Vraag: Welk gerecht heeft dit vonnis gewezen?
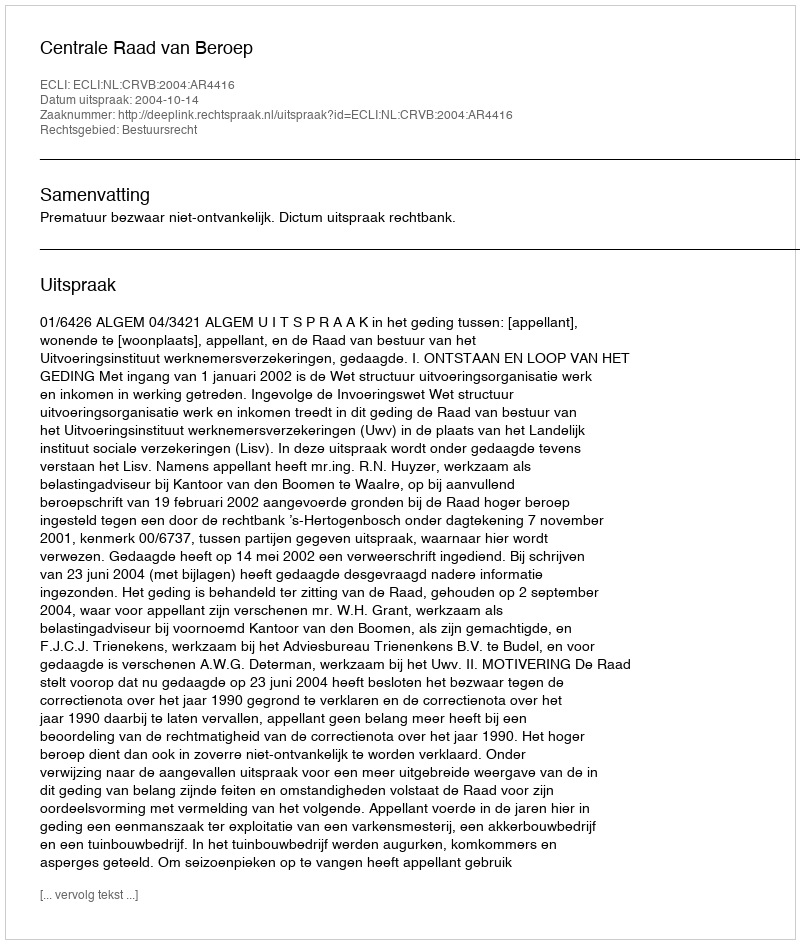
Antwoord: Centrale Raad van Beroep